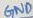
Text: GND